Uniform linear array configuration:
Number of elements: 64
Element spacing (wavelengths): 0.25
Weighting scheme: uniform
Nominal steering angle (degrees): -15
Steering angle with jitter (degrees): -14.523
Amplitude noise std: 0.05
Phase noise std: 0.05

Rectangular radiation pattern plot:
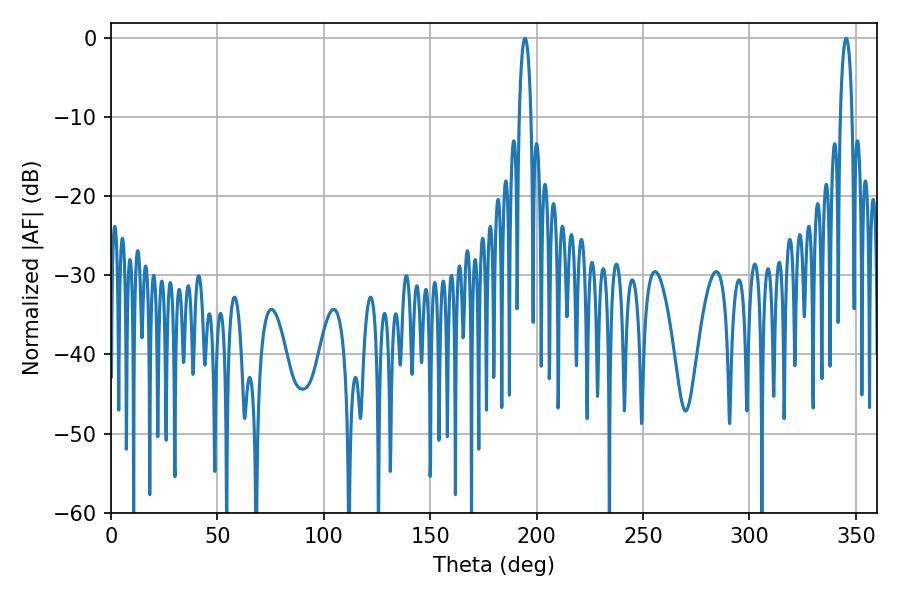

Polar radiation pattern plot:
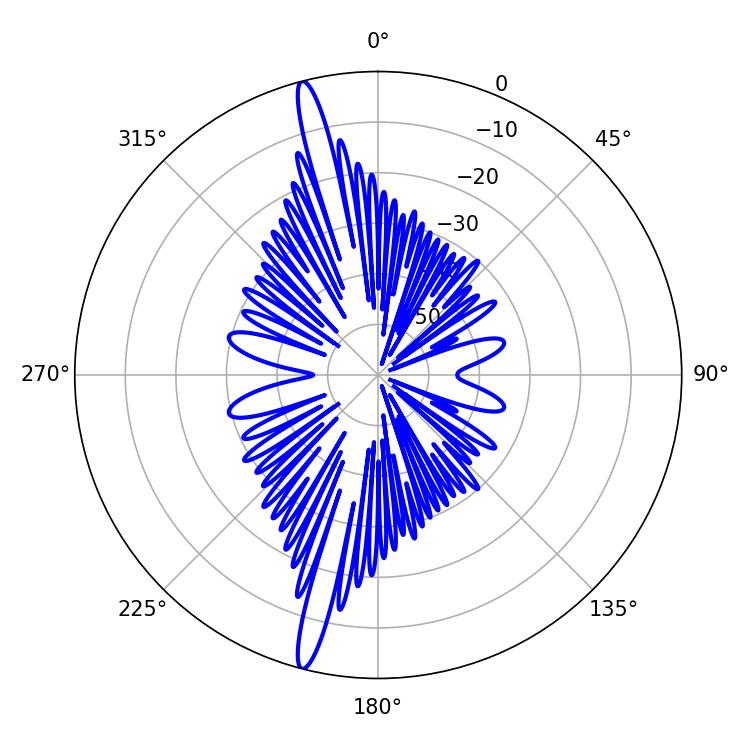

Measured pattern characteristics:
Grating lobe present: FALSE
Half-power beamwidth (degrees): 3.06
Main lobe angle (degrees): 194.58